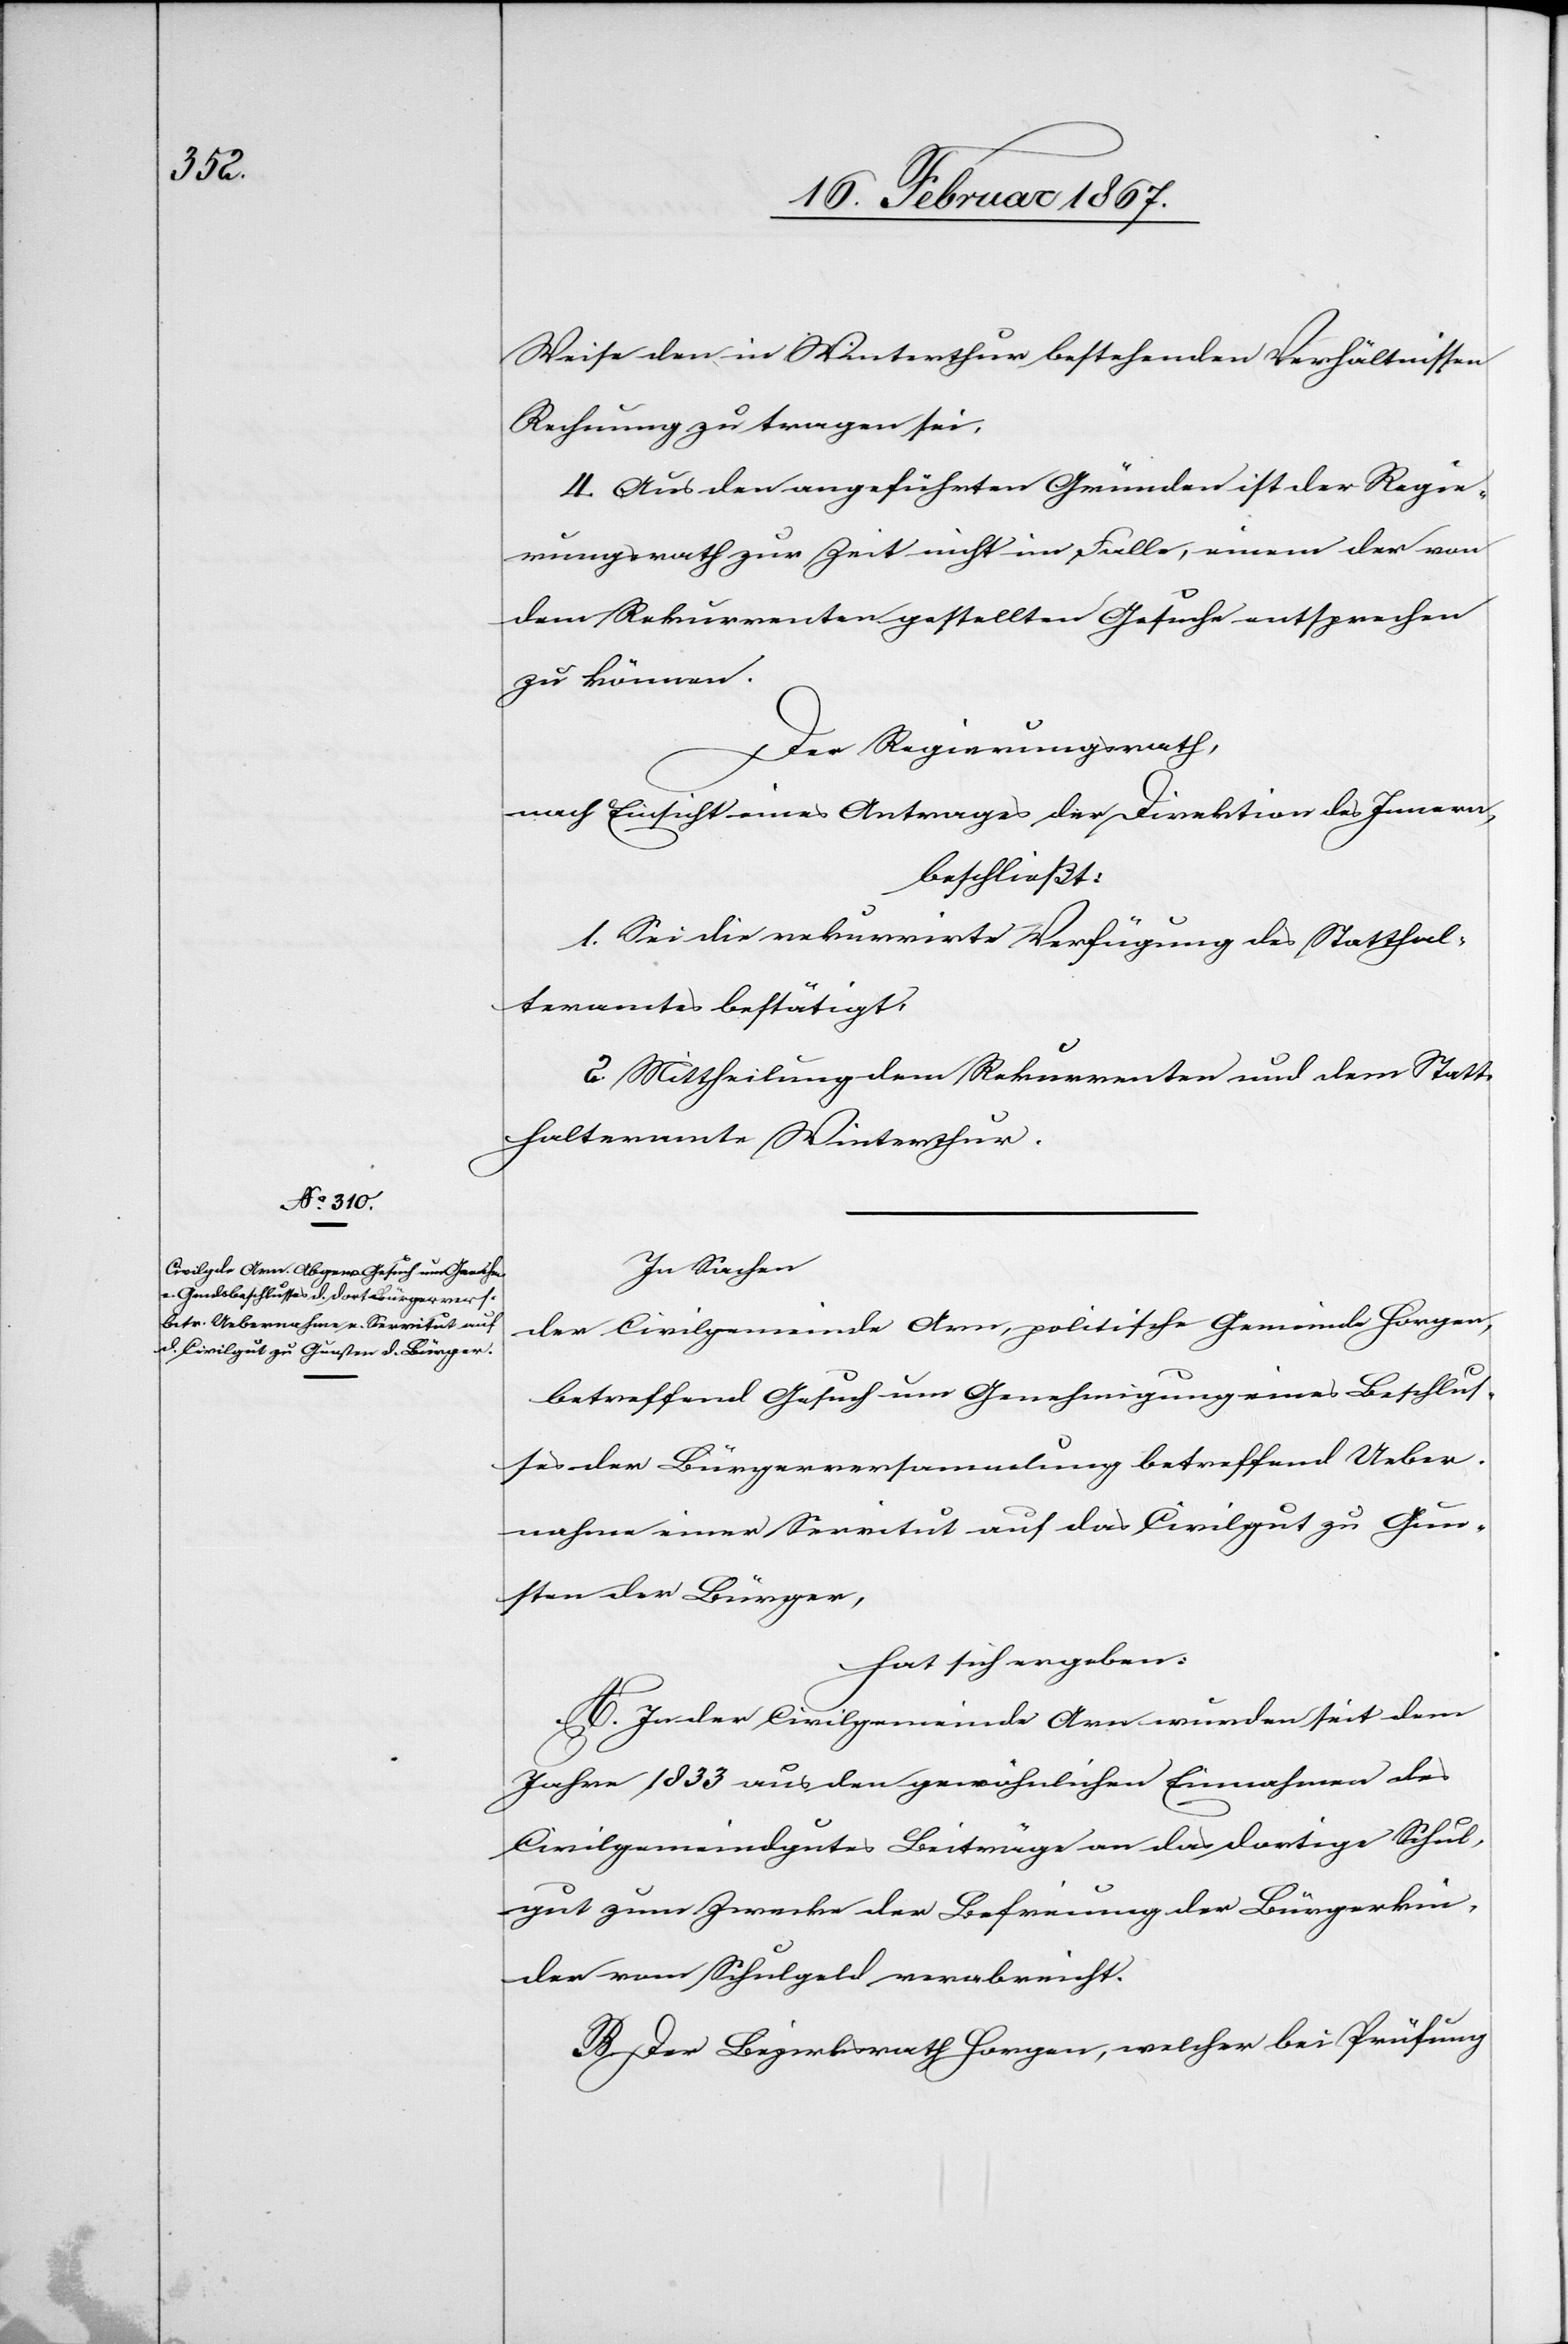
Weise den in Winterthur bestehenden Verhältnissen
Rechnung zu tragen sei.
4. Aus den angeführten Gründen ist der Regie¬
rungsrath zur Zeit nicht im Falle, einem der von
dem Rekurrenten gestellten Gesuche entsprechen
zu können.
Der Regierungsrath,
nach Einsicht eines Antrages der Direktion des Innern,
beschließt:
1. Sei die rekurrirte Verfügung des Statthal¬
teramtes bestätigt.
2. Mittheilung dem Rekurrenten und dem Statt¬
halteramte Winterthur.
In Sachen
der Civilgemeinde Arn, politische Gemeinde Horgen,
betreffend Gesuch um Genehmigung eines Beschlus¬
ses der Bürgerversammlung betreffend Ueber¬
nahme einer Servitut auf das Civilgut zu Gun¬
sten der Bürger,
hat sich ergeben:
A. In der Civilgemeinde Arn wurden seit dem
Jahre 1833 aus den gewöhnlichen Einnahmen des
Civilgemeindgutes Beiträge an das dortige Schul¬
gut zum Zwecke der Befreiung der Bürgerkin¬
der vom Schulgeld verabreicht.
B. Der Bezirksrath Horgen, welcher bei Prüfung